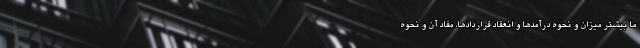
ما بیشتر میزان و نحوه درآمدها و انعقاد قراردادها، مفاد آن و نحوه